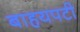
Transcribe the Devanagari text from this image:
बाहयपटी